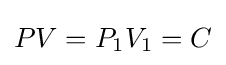
PV=P_{1}V_{1}=C